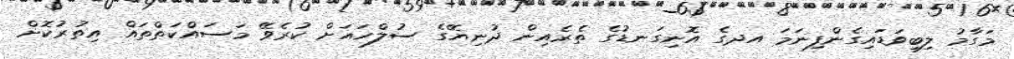
މަގާމު ލިބިވަޑައިގެންފިނަމަ އދގެ އޮނިގަނޑުގެ ތެރެއިން ދުނިޔޭގެ ސުލްހައަށް ކުރެވޭ މަސައްކަތްތައް އިތުރުކޮށް